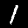
Label: 1